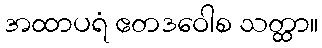
အထာပရံ ဧတဒဝေါစ သတ္ထာ။